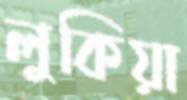
লুকিয়া